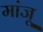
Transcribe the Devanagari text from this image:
मांजू